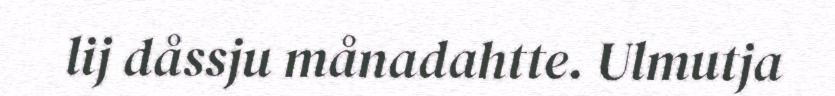
lij dåssju månadahtte. Ulmutja